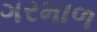
ગરમાળ